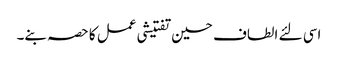
اسی لئے الطاف حسین تفتیشی عمل کا حصہ بنے۔